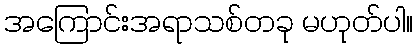
အကြောင်းအရာသစ်တခု မဟုတ်ပါ။